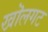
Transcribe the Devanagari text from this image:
खॊलगट